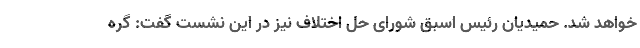
خواهد شد. حمیدیان رئیس اسبق شورای حل اختلاف نیز در این نشست گفت: گره